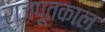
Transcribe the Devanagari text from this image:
राजपूतकाल